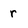
Character: r